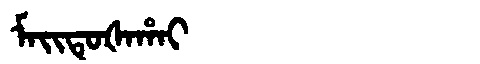
Manchu: ᠮᠠᡳᡨᡠᡧᠠᡥᠠᡳ
Romanization: MAITUŠAHAI